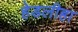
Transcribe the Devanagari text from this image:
हेडलीहा